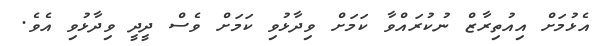
އެޅުމަށް އިއުތިރާޒް ނުކުރައްވާ ކަމަށް ވިދާޅުވި ކަމަށް ވެސް ދީދީ ވިދާޅުވި އެވެ.